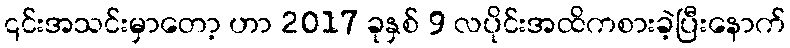
၎င်းအသင်းမှာတော့ ဟာ 2017 ခုနှစ် 9 လပိုင်းအထိကစားခဲ့ပြီးနောက်